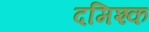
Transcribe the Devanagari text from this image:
दमिश्‍क